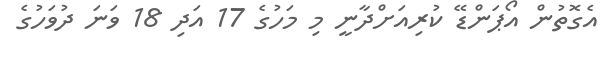
އެގޮތުން އޯޕަންޑޭ ކުރިއަށްދާނީ މި މަހުގެ 17 އަދި 18 ވަނަ ދުވަހުގެ